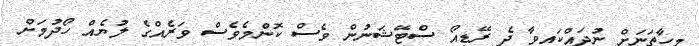
މިހާތަނަށް ނުދައްކައިވާ ދެ ރޭޑިއޯ ސްޓޭޝަނުން ވެސް ކޮންމެވެސް ވަރެއްގެ ލުޔެއް ހޯދުމަށް